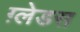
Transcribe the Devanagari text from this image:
ग़्लेडस